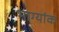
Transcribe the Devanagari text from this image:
भाग्यांक